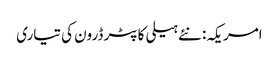
امریکہ: نئے ہیلی کاپٹر ڈرون کی تیاری